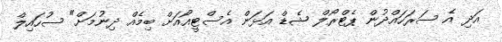
އަދި އެ ސަރަހައްދުން ޕެޓްރޯލް ޝެޑް އަޅަން އެސްޓީއޯއަށް ބިމެއް ދިނުމަށް" ސުހައިލް